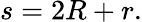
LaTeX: \displaystyle s=2R+r.